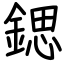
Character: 鍶